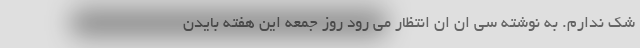
شک ندارم. به نوشته سی ان ان انتظار می رود روز جمعه این هفته بایدن